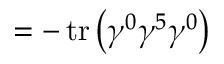
= - \operatorname { t r } \left( \gamma ^ { 0 } \gamma ^ { 5 } \gamma ^ { 0 } \right)